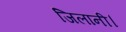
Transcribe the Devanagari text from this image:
जिलानी।